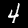
Digit: 4